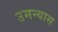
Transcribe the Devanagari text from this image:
उमन्यास